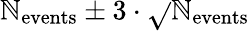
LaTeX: \mathbb{N}_{\mathrm{{events}}}\pm3\cdot\sqrt{}{{\mathbb{N}_{\mathrm{{events}}}}}